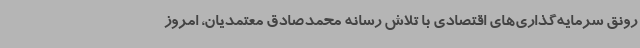
رونق سرمایه‌گذاری‌های اقتصادی با تلاش رسانه محمدصادق معتمدیان، امروز